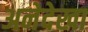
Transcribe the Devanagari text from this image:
अनेदेखा